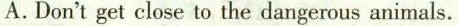
A.Don'tget close to the dangerous animals.